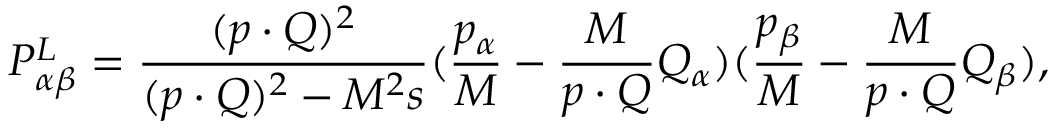
P _ { \alpha \beta } ^ { L } = \frac { ( p \cdot Q ) ^ { 2 } } { ( p \cdot Q ) ^ { 2 } - M ^ { 2 } s } ( \frac { p _ { \alpha } } { M } - \frac { M } { p \cdot Q } Q _ { \alpha } ) ( \frac { p _ { \beta } } { M } - \frac { M } { p \cdot Q } Q _ { \beta } ) ,